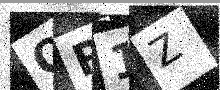
Text: QR1Z